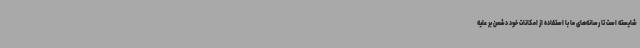
شایسته است تا رسانه‌های ما با استفاده از امکانات خود دشمن بر علیه